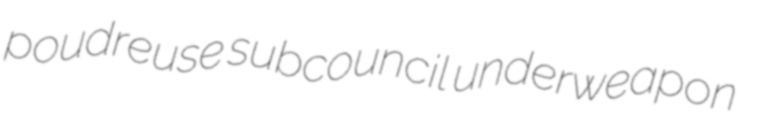
poudreuse subcouncil underweapon